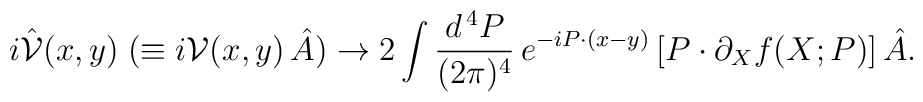
i \hat{{\cal V}} (x, y) \; (\equiv i {\cal V} (x, y) \, \hat{A}) \to 2 \int \frac{d^{\, 4} P}{(2 \pi)^4} \, e^{- i P \cdot (x - y)} \left[ P \cdot \partial_X f (X; P) \right] \hat{A} .